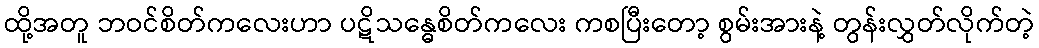
ထို့အတူ ဘဝင်စိတ်ကလေးဟာ ပဋိသန္ဓေစိတ်ကလေး ကစပြီးတော့ စွမ်းအားနဲ့ တွန်းလွှတ်လိုက်တဲ့